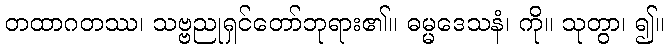
တထာဂတဿ၊ သဗ္ဗညုရှင်တော်ဘုရား၏။ ဓမ္မဒေသနံ၊ ကို။ သုတွာ၊ ၍။